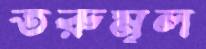
তরুমূল